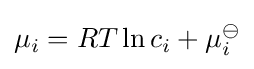
\mu _{i}=RT\ln c_{i}+\mu _{i}^{\ominus }